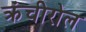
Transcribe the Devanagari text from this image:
क्रंचीरोल